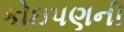
કોઇપણની